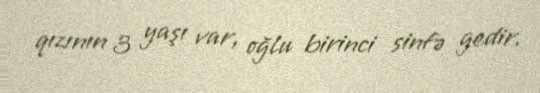
qızının 3 yaşı var, oğlu birinci sinfə gedir.